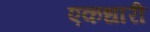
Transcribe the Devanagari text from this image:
एकधारी